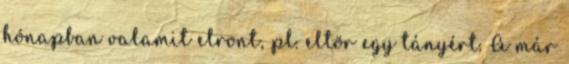
hónapban valamit elront, pl. eltör egy tányért. A már